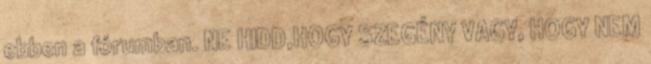
ebben a fórumban. NE HIDD,HOGY SZEGÉNY VAGY, HOGY NEM